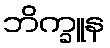
ဘိက္ခူန